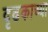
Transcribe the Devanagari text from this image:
दृढकाच्या